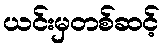
ယင်းမှတစ်ဆင့်